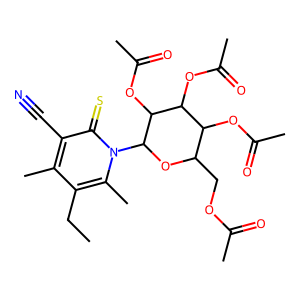
SMILES: CCc1c(C)c(C#N)c(=S)n(C2OC(COC(C)=O)C(OC(C)=O)C(OC(C)=O)C2OC(C)=O)c1C
Inhibits HIV replication: No